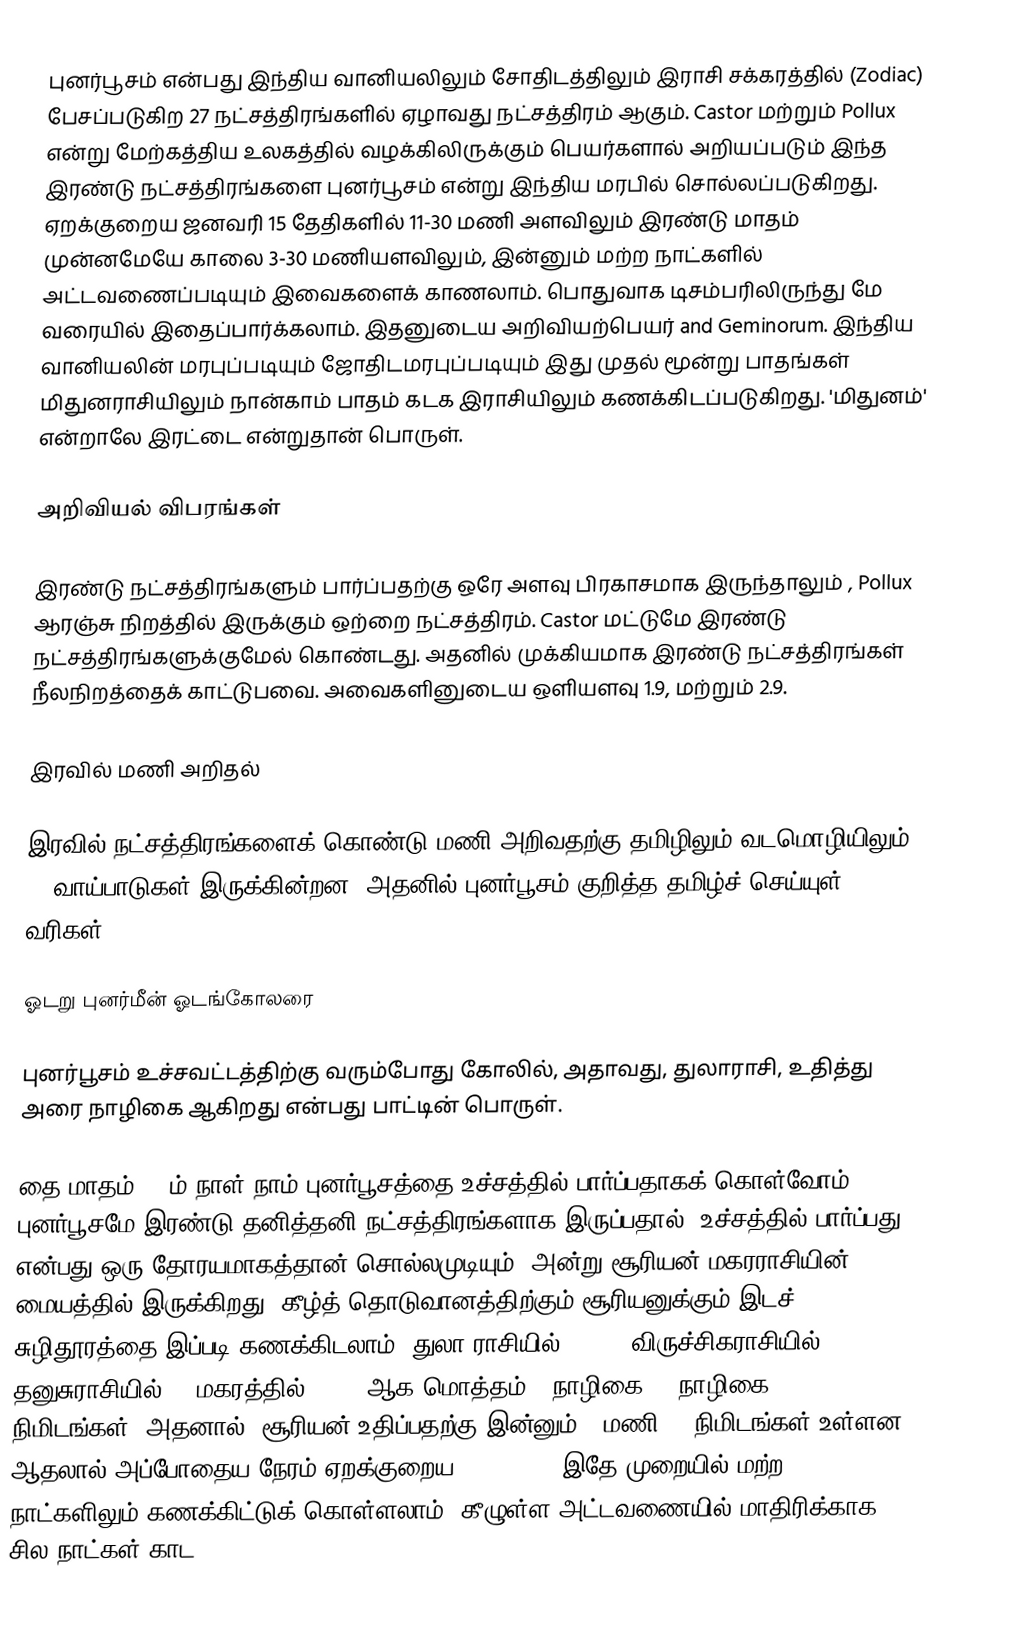
புனர்பூசம் என்பது இந்திய வானியலிலும் சோதிடத்திலும் இராசி சக்கரத்தில் (Zodiac) பேசப்படுகிற 27 நட்சத்திரங்களில் ஏழாவது நட்சத்திரம் ஆகும். Castor மற்றும்  Pollux  என்று மேற்கத்திய  உலகத்தில் வழக்கிலிருக்கும்  பெயர்களால் அறியப்படும்  இந்த இரண்டு நட்சத்திரங்களை புனர்பூசம் என்று இந்திய மரபில் சொல்லப்படுகிறது.  ஏறக்குறைய ஜனவரி 15 தேதிகளில் 11-30 மணி அளவிலும் இரண்டு மாதம் முன்னமேயே காலை 3-30 மணியளவிலும், இன்னும் மற்ற நாட்களில்  அட்டவணைப்படியும் இவைகளைக் காணலாம். பொதுவாக டிசம்பரிலிருந்து மே வரையில் இதைப்பார்க்கலாம். இதனுடைய அறிவியற்பெயர்  and  Geminorum.  இந்திய வானியலின்  மரபுப்படியும் ஜோதிடமரபுப்படியும் இது  முதல் மூன்று பாதங்கள் மிதுனராசியிலும் நான்காம் பாதம் கடக இராசியிலும் கணக்கிடப்படுகிறது. 'மிதுனம்' என்றாலே இரட்டை என்றுதான் பொருள்.

அறிவியல் விபரங்கள்

இரண்டு நட்சத்திரங்களும் பார்ப்பதற்கு ஒரே அளவு பிரகாசமாக இருந்தாலும் , Pollux ஆரஞ்சு நிறத்தில் இருக்கும் ஒற்றை நட்சத்திரம்.  Castor மட்டுமே இரண்டு நட்சத்திரங்களுக்குமேல் கொண்டது. அதனில் முக்கியமாக இரண்டு நட்சத்திரங்கள்  நீலநிறத்தைக் காட்டுபவை. அவைகளினுடைய ஒளியளவு 1.9, மற்றும் 2.9.

இரவில் மணி அறிதல்

இரவில் நட்சத்திரங்களைக் கொண்டு மணி அறிவதற்கு தமிழிலும் வடமொழியிலும் 27 வாய்பாடுகள் இருக்கின்றன. அதனில் புனர்பூசம் குறித்த தமிழ்ச்  செய்யுள் வரிகள்:

ஓடறு புனர்மீன் ஓடங்கோலரை

புனர்பூசம் உச்சவட்டத்திற்கு வரும்போது கோலில், அதாவது, துலாராசி,  உதித்து அரை நாழிகை ஆகிறது என்பது பாட்டின் பொருள்.

தை மாதம் 15 ம் நாள் நாம் புனர்பூசத்தை உச்சத்தில் பார்ப்பதாகக் கொள்வோம். புனர்பூசமே இரண்டு தனித்தனி நட்சத்திரங்களாக இருப்பதால், உச்சத்தில் பார்ப்பது என்பது ஒரு தோரயமாகத்தான் சொல்லமுடியும். அன்று சூரியன் மகரராசியின் மையத்தில் இருக்கிறது. கீழ்த் தொடுவானத்திற்கும்  சூரியனுக்கும்  இடச் சுழிதூரத்தை இப்படி கணக்கிடலாம். துலா ராசியில் 4 1/2, விருச்சிகராசியில் 5, தனுசுராசியில் 5, மகரத்தில் 2 1/2  ஆக மொத்தம் 17நாழிகை. 1 நாழிகை = 24 நிமிடங்கள். அதனால்,  சூரியன் உதிப்பதற்கு இன்னும் 6 மணி 48 நிமிடங்கள் உள்ளன. ஆதலால் அப்போதைய நேரம் ஏறக்குறைய  11-12 P.M. இதே முறையில் மற்ற நாட்களிலும் கணக்கிட்டுக் கொள்ளலாம். கீழுள்ள அட்டவணையில் மாதிரிக்காக  சில நாட்கள் காட